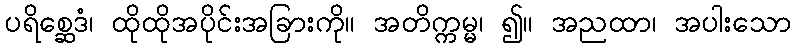
ပရိစ္ဆေဒံ၊ ထိုထိုအပိုင်းအခြားကို။ အတိက္ကမ္မ၊ ၍။ အညထာ၊ အပါးသော